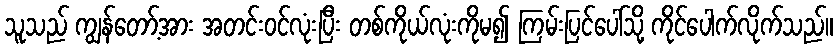
သူသည် ကျွန်တော့်အား အတင်းဝင်လုံးပြီး တစ်ကိုယ်လုံးကိုမ၍ ကြမ်းပြင်ပေါ်သို့ ကိုင်ပေါက်လိုက်သည်။